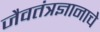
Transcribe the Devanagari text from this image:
जैवतंत्रज्ञानाचे